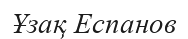
Ұзақ Еспанов